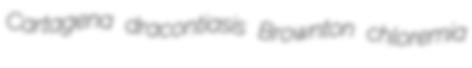
Cartagena dracontiasis Brownton chloremia